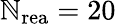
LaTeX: \mathbb{N}_{\mathrm{{rea}}}=20